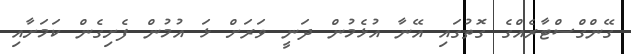
ގޭންގްސްޓާރެއްގެ ގޮތުގައި އޭނާ އުޅެމުން ދަނީ ވަރަށް ޅަ އުމުން ފެށިގެން ކަމަށާއި